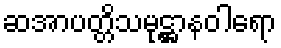
ဆအာပတ္တိသမုဋ္ဌာနဝါရော